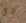
كال